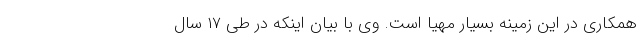
همکاری در این زمینه بسیار مهیا است. وی با بیان اینکه در طی ۱۷ سال